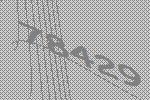
78429